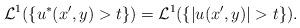
LaTeX: \begin{align*} \mathcal{L}^1(\{u^*(x', y) >t\})=\mathcal{L}^1(\{|u(x', y)| >t\}).\end{align*}